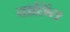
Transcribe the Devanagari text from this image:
वाछिंत